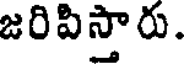
జరిపిస్తారు.